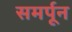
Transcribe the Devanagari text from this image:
समर्पून